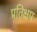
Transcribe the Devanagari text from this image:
प्रतिक्षप